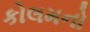
કોલમનો